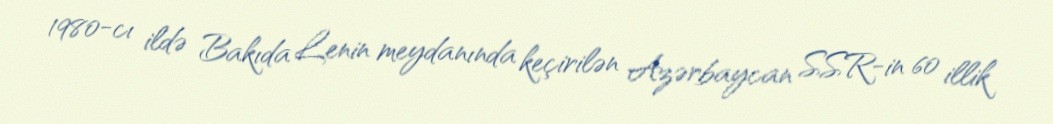
1980-cı ildə Bakıda Lenin meydanında keçirilən Azərbaycan SSR-in 60 illik